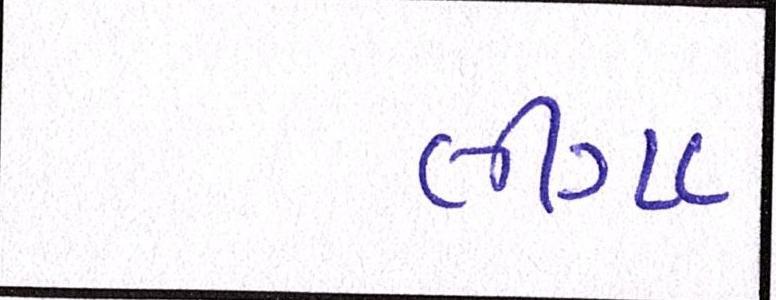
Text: લીગા